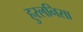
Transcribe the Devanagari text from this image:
हुरलनिसा